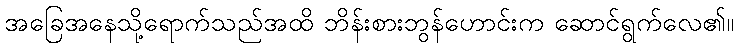
အခြေအနေသို့ရောက်သည်အထိ ဘိန်းစားဘွန်ဟောင်းက ဆောင်ရွက်လေ၏။